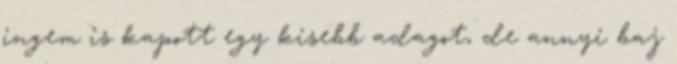
ingem is kapott egy kisebb adagot, de annyi baj